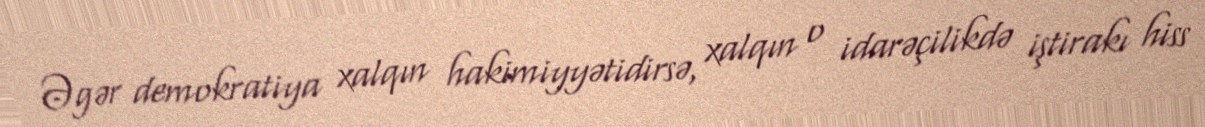
Əgər demokratiya xalqın hakimiyyətidirsə, xalqın o idarəçilikdə iştirakı hiss